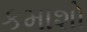
કમાશો